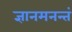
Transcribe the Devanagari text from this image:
ज्ञानमनन्तं